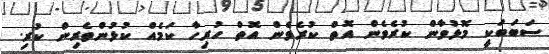
ސަބަބަކީ މޮޅުވާން ކުރެވެން އޮތް ކުރެވެން އޮތް ހުރިހާ ކަމެއް ކުޅުންތެރިން ކުރި.